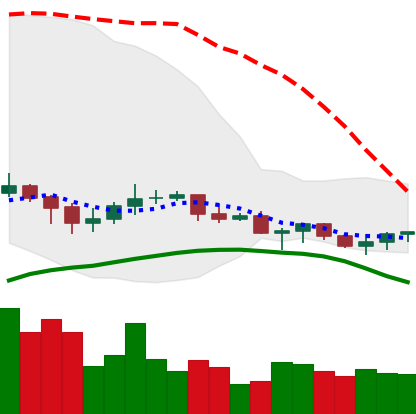
Ticker: XLM-USD
Chart end date: 2021-06-14
Forward return: -16.51%
Label: down_7plus